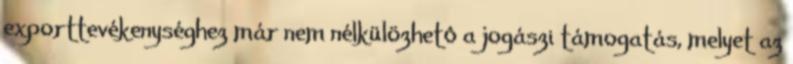
exporttevékenységhez már nem nélkülözhetô a jogászi támogatás, melyet az